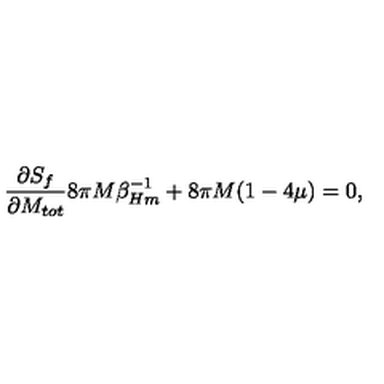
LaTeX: { \frac { \partial S _ { f } } { \partial M _ { t o t } } } 8 \pi M \beta _ { H m } ^ { - 1 } + 8 \pi M ( 1 - 4 \mu ) = 0 ,